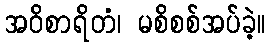
အဝိစာရိတံ၊ မစိစစ်အပ်ခဲ့။